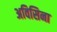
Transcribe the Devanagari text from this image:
अविसिना